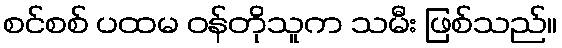
စင်စစ် ပထမ ဝန်တိုသူက သမီး ဖြစ်သည်။